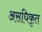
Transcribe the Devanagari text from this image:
असधिकृत